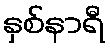
နှစ်နာရီ